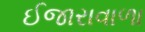
ઈજારાવાળા